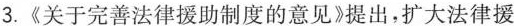
3.《关于完善法律援助制度的意见》提出，扩大法律援